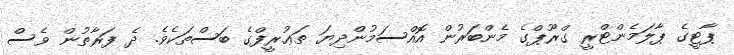
ޕާޓީގެ ޕާލަމެންޓްރީ ގްރޫޕްގެ މެންބަރުން އޮއްސަމުންދިޔަ ތަޢުރީފްގެ ބަސްތަކެވެ. ދެ ފަރާތުން ވެސް